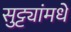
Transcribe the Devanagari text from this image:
सुट्ट्यांमधे